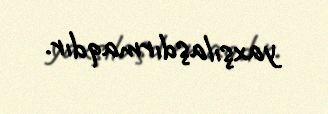
yaxşılaşdırmaqdır.